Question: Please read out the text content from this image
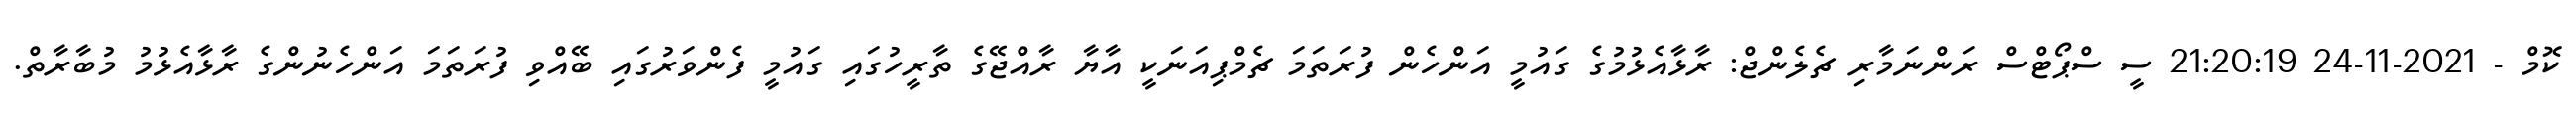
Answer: ކޮމް - 2021-11-24 21:20:19 ސީ ސްޕޯޓްސް ރަންނަމާރި ޗެލެންޖް: ރާޅާއެޅުމުގެ ގައުމީ އަންހެން ފުރަތަމަ ޗެމްޕިއަނަކީ އާޔާ ރާއްޖޭގެ ތާރީހުގައި ގައުމީ ފެންވަރުގައި ބޭއްވި ފުރަތަމަ އަންހެނުންގެ ރާޅާއެޅުމު މުބާރާތް.